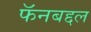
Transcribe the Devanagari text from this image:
फॅनबद्दल